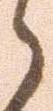
ら